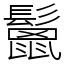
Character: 鬛